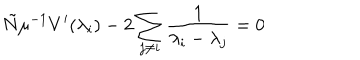
\tilde { N } \mu ^ { - 1 } V ^ { \prime } ( \lambda _ { i } ) - 2 \sum _ { j \neq i } \frac 1 { \lambda _ { i } - \lambda _ { j } } = 0